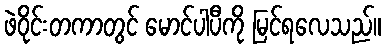
ဖဲဝိုင်းတကာတွင် မောင်ပါပီကို မြင်ရလေသည်။